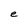
Character: e